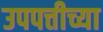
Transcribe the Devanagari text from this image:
उपपत्तीच्या